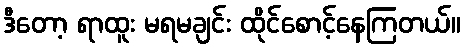
ဒီတော့ ရာထူး မရမချင်း ထိုင်စောင့်နေကြတယ်။